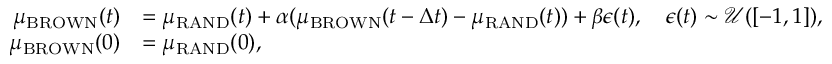
\begin{array} { r l } { \mu _ { \mathrm { B R O W N } } ( t ) } & { = \mu _ { \mathrm { R A N D } } ( t ) + \alpha ( \mu _ { \mathrm { B R O W N } } ( t - \Delta t ) - \mu _ { \mathrm { R A N D } } ( t ) ) + \beta \epsilon ( t ) , \quad \epsilon ( t ) \sim \mathcal { U } ( [ - 1 , 1 ] ) , } \\ { \mu _ { \mathrm { B R O W N } } ( 0 ) } & { = \mu _ { \mathrm { R A N D } } ( 0 ) , } \end{array}